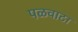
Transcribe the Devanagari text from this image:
पळवाटा